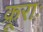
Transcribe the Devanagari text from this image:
क्रूराः